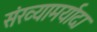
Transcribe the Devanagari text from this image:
संख्यामर्यादा